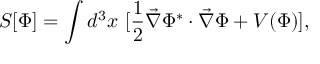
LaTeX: S [ \Phi ] = \int d ^ { 3 } x \ [ \frac { 1 } { 2 } \vec { \nabla } \Phi ^ { * } \cdot \vec { \nabla } \Phi + V ( \Phi ) ] ,